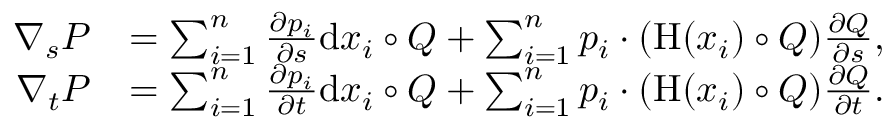
\begin{array} { r l } { \nabla _ { s } P } & { = \sum _ { i = 1 } ^ { n } \frac { \partial p _ { i } } { \partial s } \mathrm { d } x _ { i } \circ Q + \sum _ { i = 1 } ^ { n } p _ { i } \cdot ( \mathrm { H } ( x _ { i } ) \circ Q ) \frac { \partial Q } { \partial s } , } \\ { \nabla _ { t } P } & { = \sum _ { i = 1 } ^ { n } \frac { \partial p _ { i } } { \partial t } \mathrm { d } x _ { i } \circ Q + \sum _ { i = 1 } ^ { n } p _ { i } \cdot ( \mathrm { H } ( x _ { i } ) \circ Q ) \frac { \partial Q } { \partial t } . } \end{array}